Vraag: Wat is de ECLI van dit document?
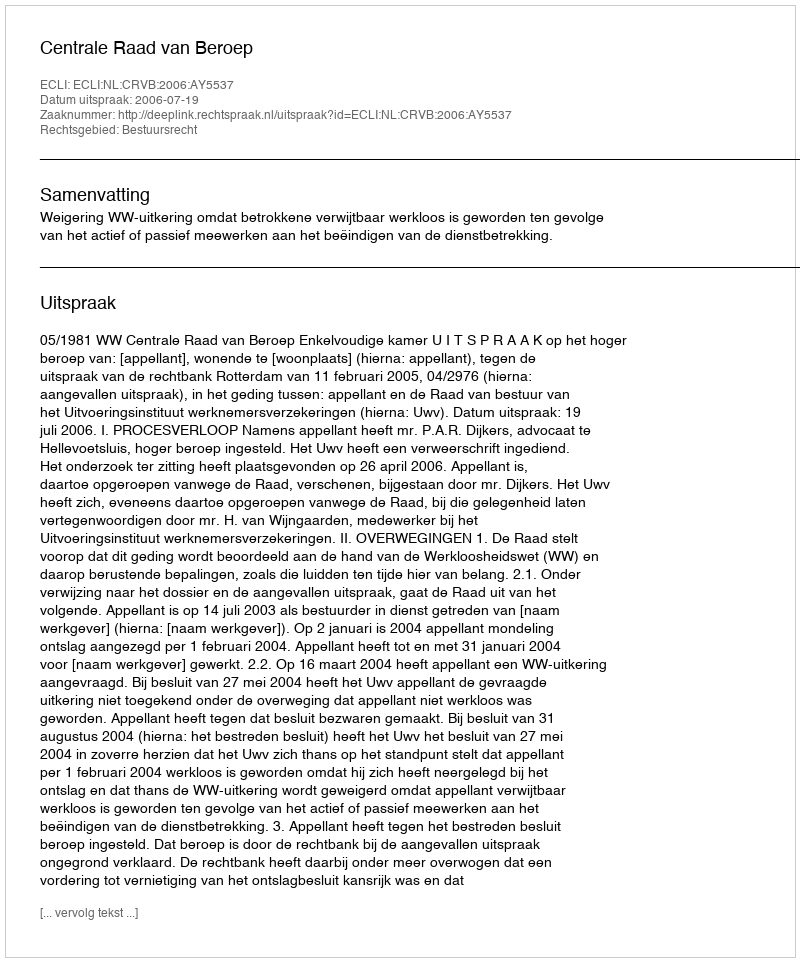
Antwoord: ECLI:NL:CRVB:2006:AY5537